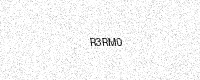
Text: R3RM0